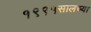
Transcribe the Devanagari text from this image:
१९९५सालच्या